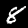
Digit: 8